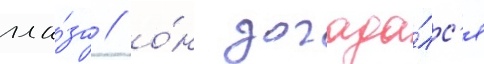
гла́за / о́н догада́лс'я